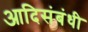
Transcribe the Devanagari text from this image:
आदिसंबंधी